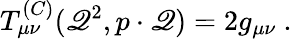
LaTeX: T_{\mu\nu}^{(C)}(\mathscr{Q}^{2},p\cdot\mathscr{Q})=2g_{\mu\nu}\ .